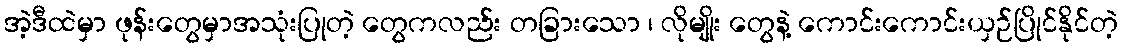
အဲ့ဒီထဲမှာ ဖုန်းတွေမှာအသုံးပြုတဲ့ တွေကလည်း တခြားသော ၊ လိုမျိုး တွေနဲ့ ကောင်းကောင်းယှဉ်ပြိုင်နိုင်တဲ့